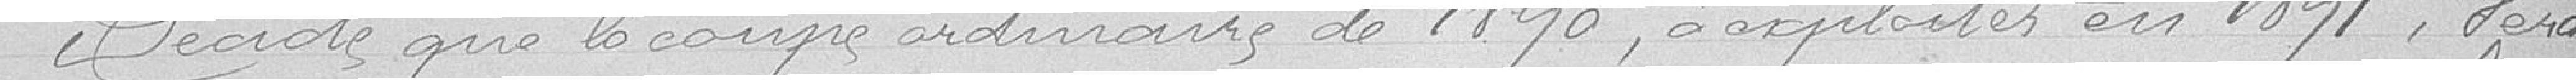
Décide que la coupe ordinaire de 1890, à exploiter en 1891, sera